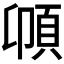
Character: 𩑝